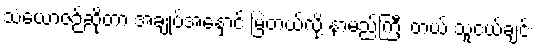
သံယောဇဉ်ဆိုတာ အချုပ်အနှောင် မြဲတယ်လို့ နာမည်ကြီး တယ် သူငယ်ချင်း